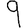
Digit: 9